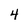
Character: 4